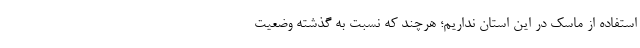
استفاده از ماسک در این استان نداریم؛ هرچند که نسبت به گذشته وضعیت